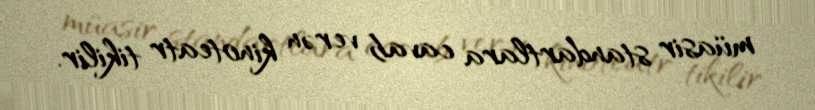
müasir standartlara cavab verən kinoteatr tikilir.